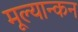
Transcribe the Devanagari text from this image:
मूल्यान्कन